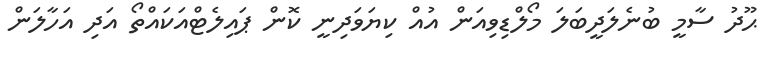
ޙޫދު ސާމީ ބުނެލަދީބަލަ މޯލްޑިވިިއަން އުއް ކިޔަވަދިނީ ކޮން ޕައިލެޓްއަކައްތޯ އަދި އަހާލަން